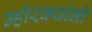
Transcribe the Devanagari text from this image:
म्होरक्‍यांनी